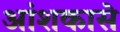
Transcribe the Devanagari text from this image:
आंशकासे